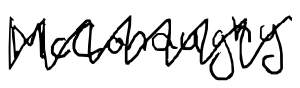
Text: McConaughy.
Cross-out: zig-zag
Writing tool: digital_black